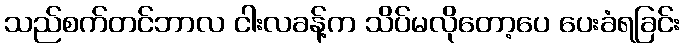
သည်စက်တင်ဘာလ ငါးလခန့်က သိပ်မလိုတော့ပေ ပေးခံရခြင်း